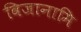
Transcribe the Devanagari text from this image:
विजानामि